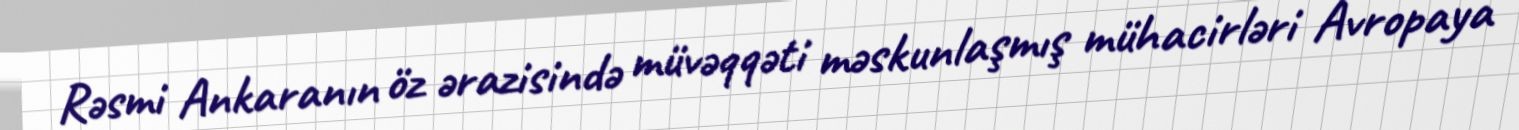
Rəsmi Ankaranın öz ərazisində müvəqqəti məskunlaşmış mühacirləri Avropaya